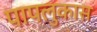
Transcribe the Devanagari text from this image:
पापलुकास